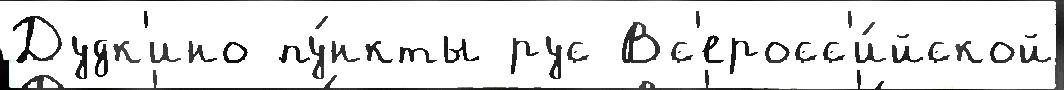
Дудк'ино пу́нкты рус Вс'еросс'и́йской